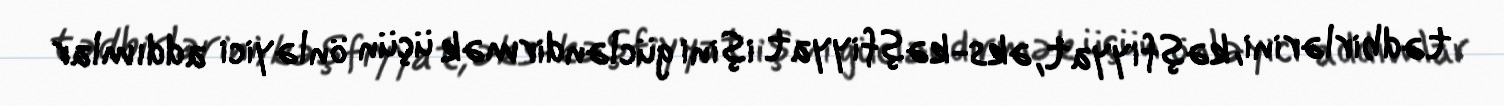
tədbirlərini, kəşfiyyat, əks-kəşfiyyat işini gücləndirmək üçün önləyici addımlar